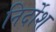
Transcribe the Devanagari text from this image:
निर्दोश